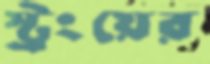
স্ট্রংয়ের